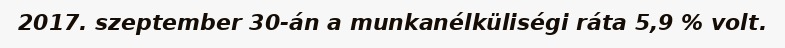
2017. szeptember 30-án a munkanélküliségi ráta 5,9 % volt.